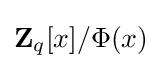
\mathbf {Z} _{q}[x]/\Phi (x)